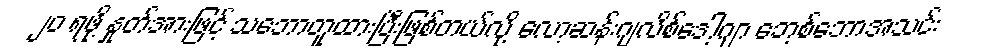
၂၀ ရဖို့ နှုတ်အားဖြင့် သဘောတူထားပြီးဖြစ်တယ်လို့ လော့ဆန်းဂျလိစ်ဒေါ့ဂျာ ဘေ့စ်ဘောအသင်း